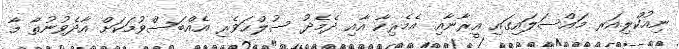
ނިއުކްލިއަރ މައްސަލައިގައި އީރާނާއި އެމެރިކާ އާއި ދެމެދު ސުލްޙަވެރި އެއްބަސްވުމަކަށް އާދެވުނުތާ މާ